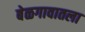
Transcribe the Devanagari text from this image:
बेळगावातला